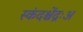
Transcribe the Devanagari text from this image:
स्कंदश्चेंद्रःअ